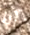
أنا